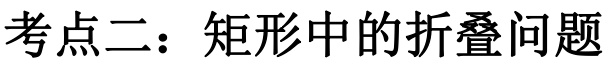
考点二：矩形中的折叠问题